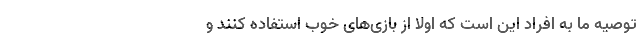
توصیه ما به افراد این است که اولاً از بازی‌های خوب استفاده کنند و